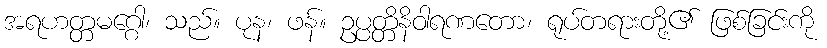
အရဟတ္တမဂ္ဂေါ၊ သည်။ ပုန၊ ဖန်။ ဥပ္ပတ္တိနိဝါရဏတော၊ ရုပ်တရားတို့၏ ဖြစ်ခြင်းကို